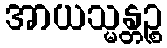
အာယသ္မန္တဉ္စ